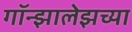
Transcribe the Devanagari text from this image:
गॉन्झालेझच्या